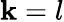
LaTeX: \mathbf{k}=l